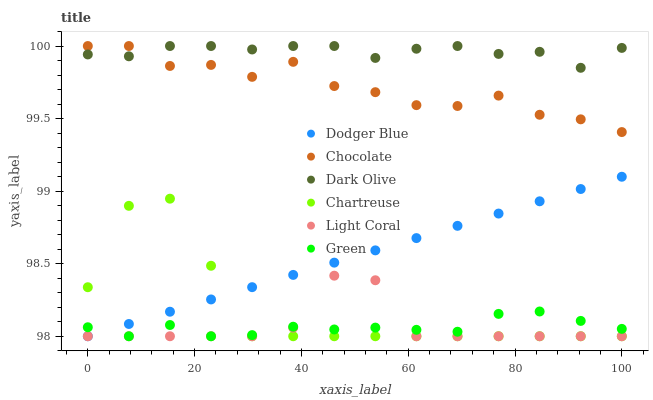
| xaxis_label | Dodger Blue | Chocolate | Dark Olive | Chartreuse | Light Coral | Green |
 | --- | --- | --- | --- | --- | --- | --- |
 | 0 | 98 | 100 | 99.9 | 98.3 | 98 | 98.1 |
 | 7.69 | 98.1 | 100 | 99.9 | 98.9 | 98 | 98 |
 | 15.4 | 98.2 | 99.9 | 100 | 98.9 | 98 | 98.1 |
 | 23.1 | 98.3 | 99.9 | 100 | 98.5 | 98 | 98 |
 | 30.8 | 98.3 | 99.8 | 100 | 98 | 98 | 98 |
 | 38.5 | 98.4 | 99.9 | 100 | 98 | 98.1 | 98.1 |
 | 46.2 | 98.5 | 99.7 | 100 | 98 | 98.4 | 98 |
 | 53.8 | 98.6 | 99.7 | 99.9 | 98 | 98.4 | 98.1 |
 | 61.5 | 98.7 | 99.6 | 100 | 98 | 98 | 98 |
 | 69.2 | 98.8 | 99.6 | 100 | 98 | 98 | 98 |
 | 76.9 | 98.8 | 99.7 | 99.9 | 98 | 98 | 98.2 |
 | 84.6 | 98.9 | 99.5 | 100 | 98 | 98 | 98.2 |
 | 92.3 | 99 | 99.5 | 99.8 | 98 | 98 | 98.1 |
 | 100 | 99.1 | 99.4 | 100 | 98 | 98 | 98.1 |